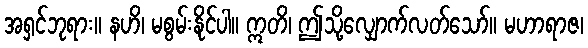
အရှင်ဘုရား။ နဟိ၊ မစွမ်းနိုင်ပါ။ ဣတိ၊ ဤသို့လျှောက်လတ်သော်။ မဟာရာဇ၊